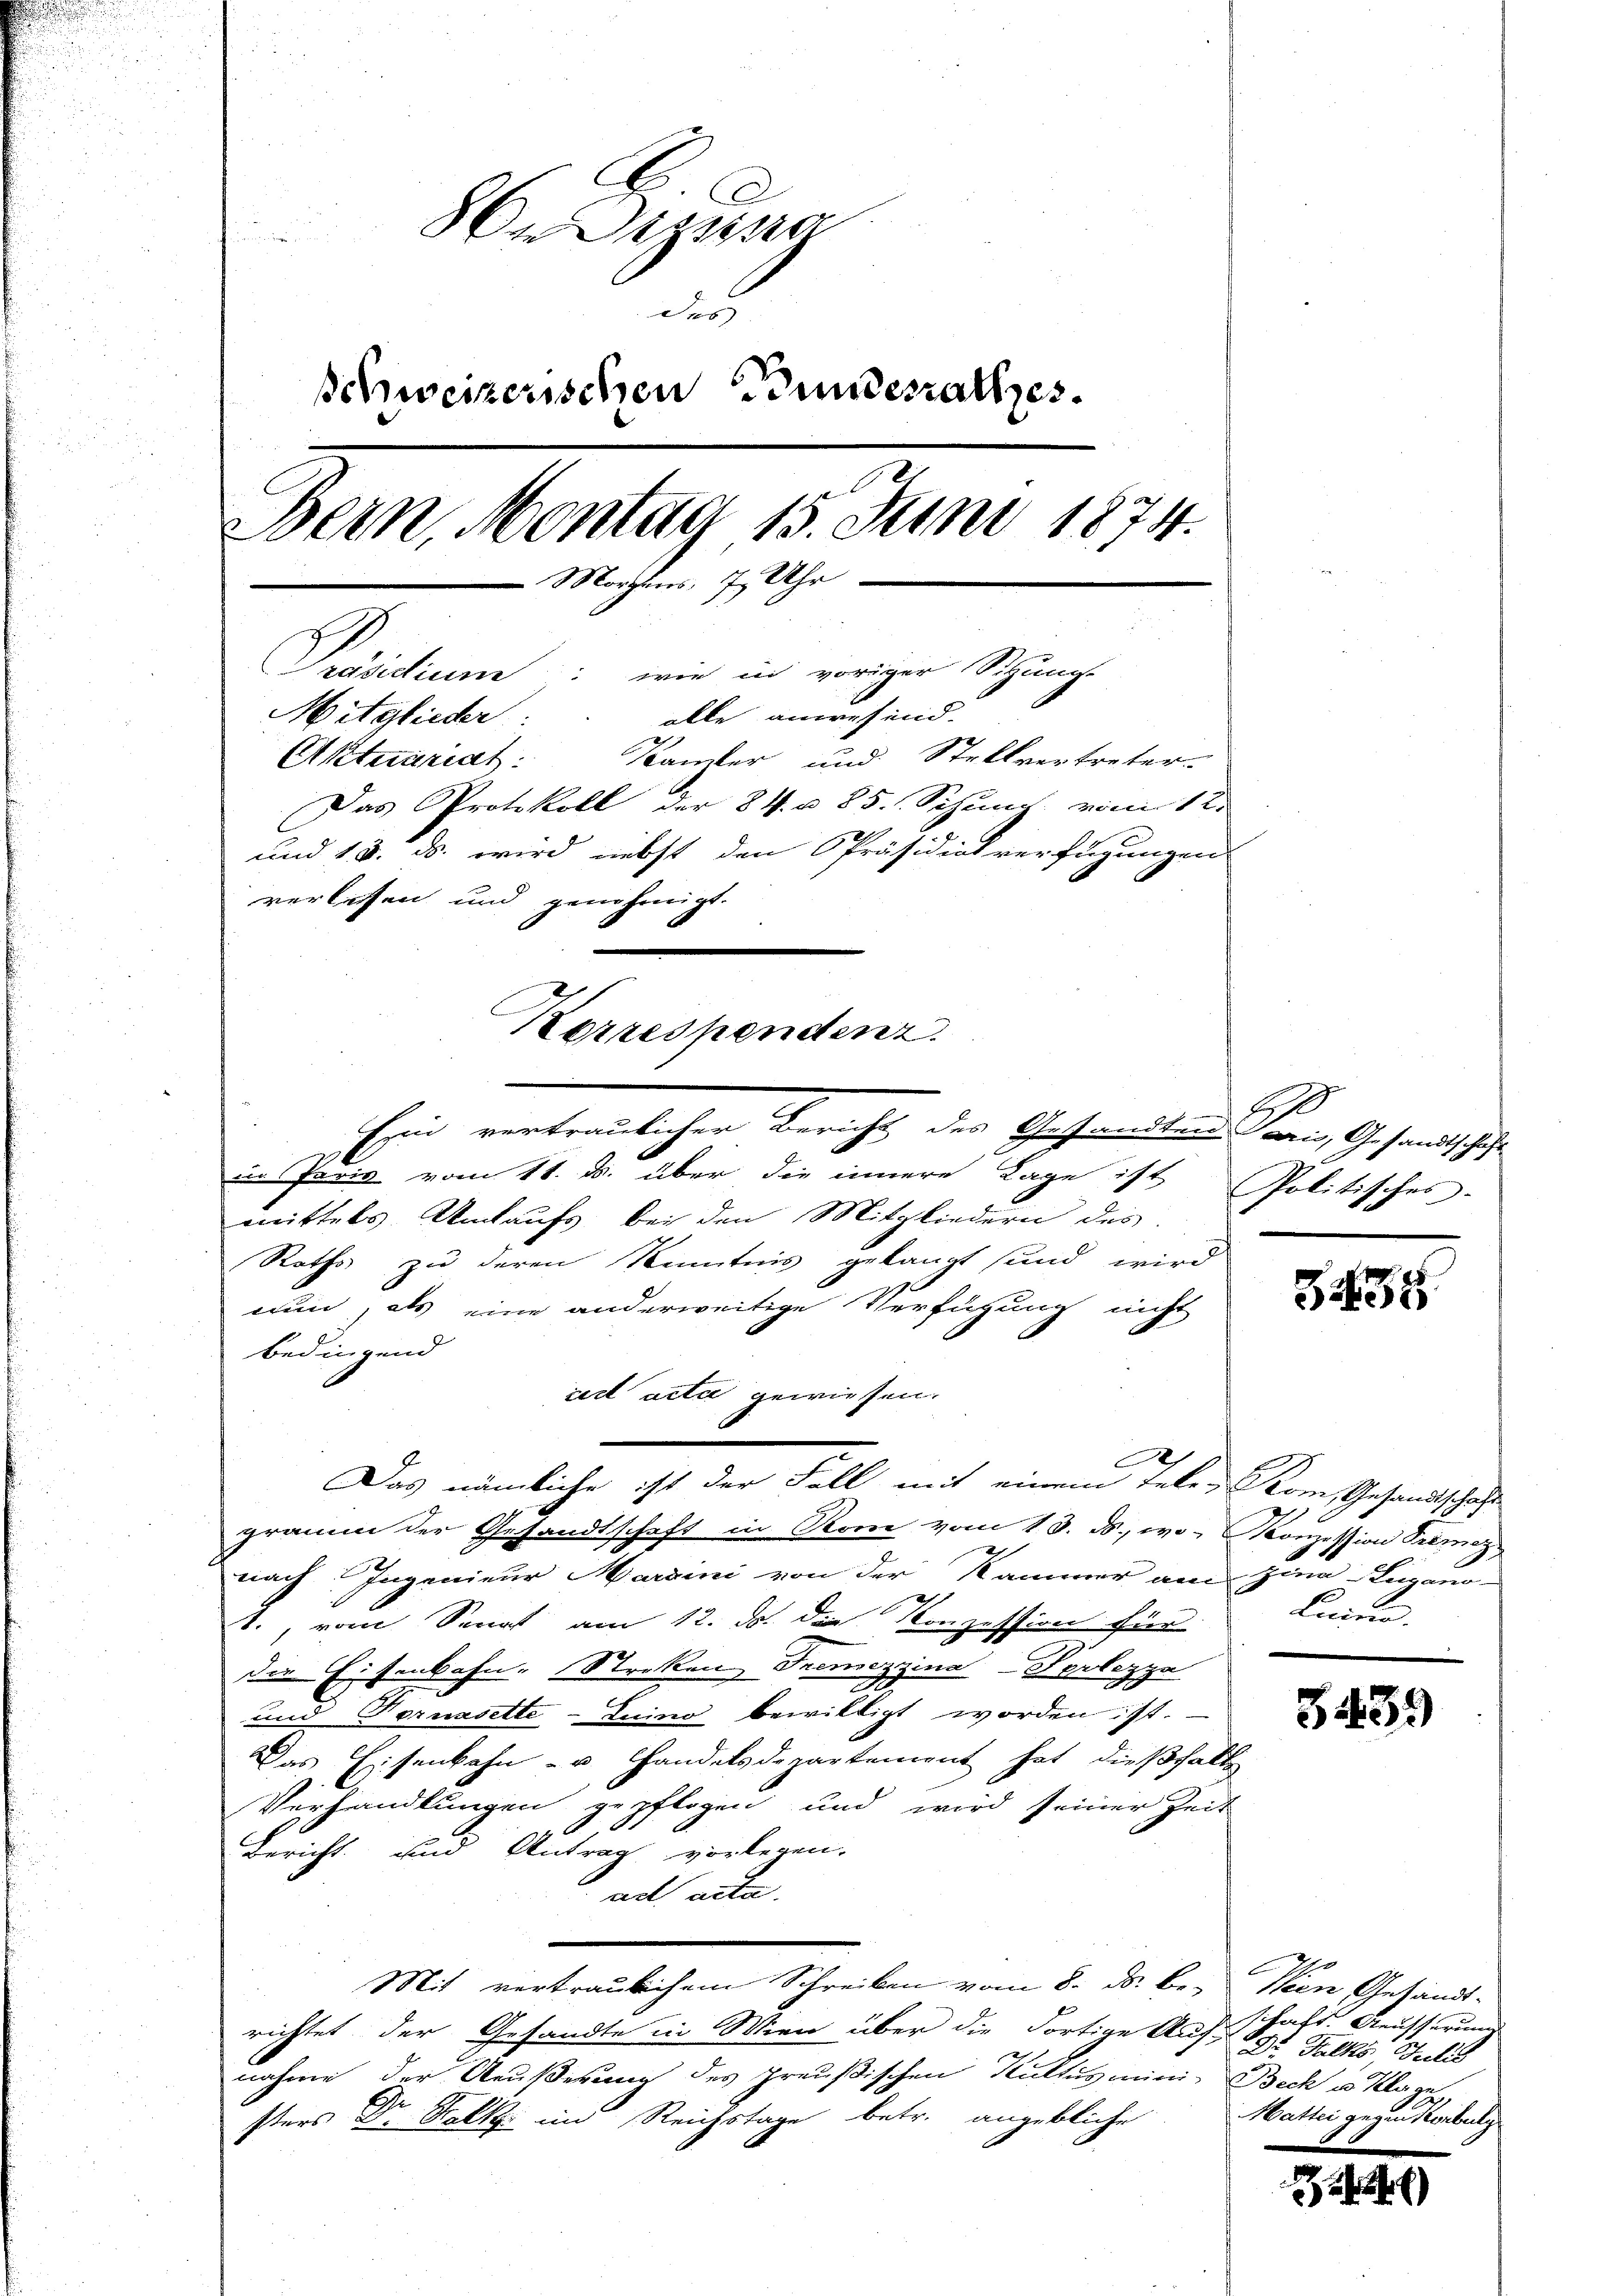
8n Distra
Fes
schweizerischen Bundesrathes.
Bern, Montag 15. Juni 1874.
 Morgens 7 Uhr
Präsidium: wie in voriger Schungs
Mitglieder: alle anwesend.
Aktuariat
Kanzler und Stellvertreter-
Das Protokoll der 84. u. 85. Sitzung vom 1t
und 18. ds. wird nebst den Präsidiat verfügungen
verlesen und genehmigt.
Korrespendenz.

in Paris vom 18. ds. über die innere Lage ist
mittels Umtaufs bei den Mitgliedern des
Raths zu deren Kenntnis gelangt sund wird
nun, als eine anderweitige Verfügung nicht
bedingend
cirt acta gewiesen.
C
gramm der Gesandtschaft in Rone vom 13. ds., wo- Konzession Premez
nach Ingenieur Margini von der Kammer am Zina-Lugano-
t., vom Senat am 12. ds. die Konzession für
die Eisenbahn- Streken, Tremezzina-Perlezza
und Fornasette - Luino bewilligt worden ist.
Das Eisenbahn- u. Handelsdepartement hat dießfalls
Verhandlungen gepflogen und wird seiner Zeit
Bericht und Antrag vorlegen.
ad acta.
Mit vertraulichem Schreiben vom 8. ds. be- Wien Gesandtrichtet der Gesandte in Wien über die Fortige Aufg. Falks, Julis
nahme der Aeußerung des preußischen Kultus mini- Beck u. Klage
sters Dr. Kalk im Reichstage betr. angebliche

Das nämliche ist der Fall mit einem telen Kom, Gesandtschaft

Ein vertraulicher Bericht der Gestandtung weis, Gesandtschaft

9
Politisches.

3438

Lunnen.

34439

schaft Aeusserung
Mattei gegen Korbulg

u